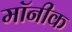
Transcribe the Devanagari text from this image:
मॉनीक